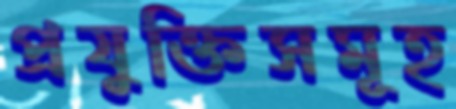
প্রযুক্তিসমূহ